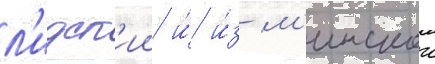
л'идск'ии и́ и́з м'инскои